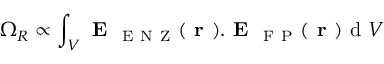
\Omega _ { R } \propto \int _ { V } \textbf { E } _ { \mathrm { ~ E ~ N ~ Z ~ } } ( \textbf { r } ) . \textbf { E } _ { \mathrm { ~ F ~ P ~ } } ( \textbf { r } ) \mathrm { ~ d ~ } V